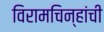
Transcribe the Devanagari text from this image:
विरामचिन्हांची